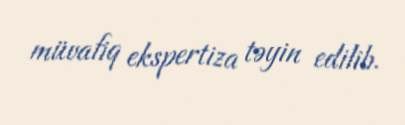
müvafiq ekspertiza təyin edilib.